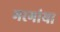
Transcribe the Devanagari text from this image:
मरगांया